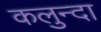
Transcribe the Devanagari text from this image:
कलुन्दा